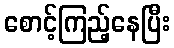
စောင့်ကြည့်နေပြီး